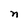
Character: n